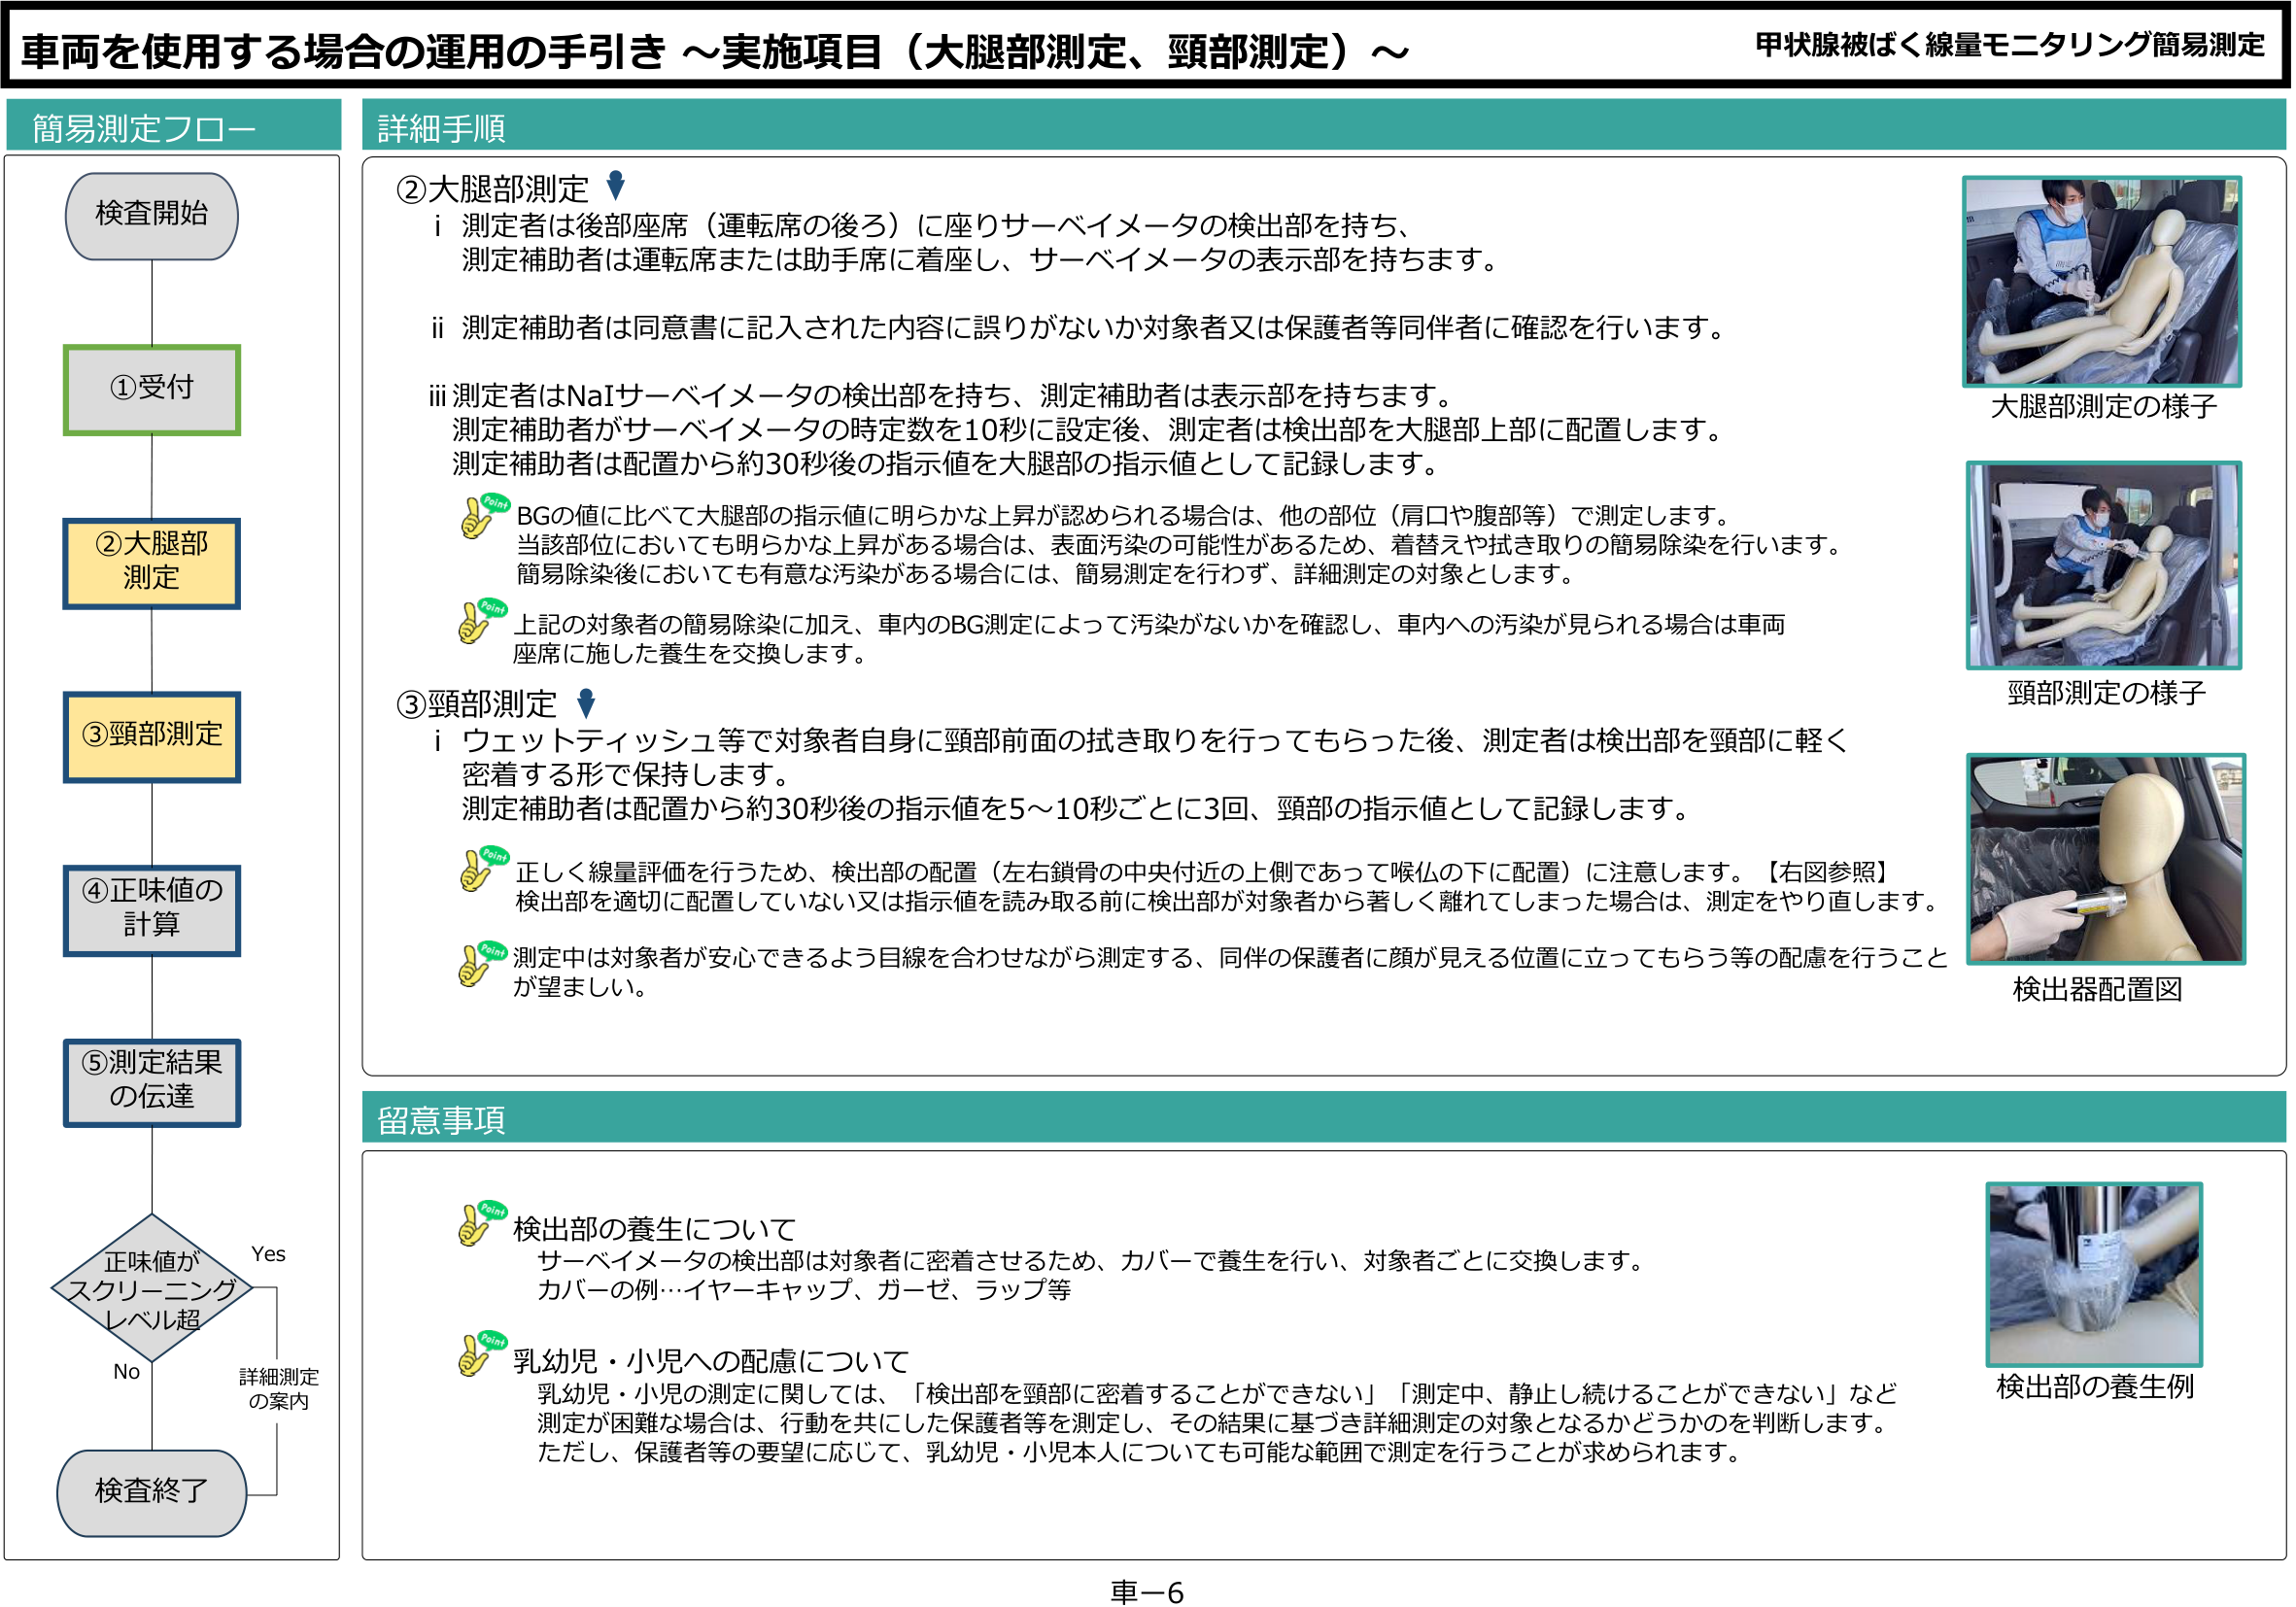
車両を使用する場合の運用の手引き ～実施項目（大腿部測定、頸部測定）～

甲状腺被ばく線量モニタリング簡易測定

簡易測定フロー

検査開始

①受付

②大腿部測定

③頸部測定

④正味値の計算

⑤測定結果の伝達

正味値が
スクリーニング
レベル超
Yes
No
詳細測定
の案内
検査終了

詳細手順

②大腿部測定

i 測定者は後部座席（運転席の後ろ）に座りサーベイメータの検出部を持ち、
測定補助者は運転席または助手席に着座し、サーベイメータの表示部を持ちます。

ii 測定補助者は同意書に記入された内容に誤りがないか対象者又は保護者等同伴者に確認を行います。

iii 測定者はNaIサーベイメータの検出部を持ち、測定補助者は表示部を持ちます。
測定補助者がサーベイメータの時定数を10秒に設定後、測定者は検出部を大腿部上部に配置します。
測定補助者は配置から約30秒後の指示値を大腿部の指示値として記録します。

Point
BGの値に比べて大腿部の指示値に明らかな上昇が認められる場合は、他の部位（肩口や腹部等）で測定します。
当該部位においても明らかな上昇がある場合は、表面汚染の可能性があるため、着替えや拭き取りの簡易除染を行います。
簡易除染後においても有意な汚染がある場合には、簡易測定を行わず、詳細測定の対象とします。

Point
上記の対象者の簡易除染に加え、車内のBG測定によって汚染がないかを確認し、車内への汚染が見られる場合は車両
座席に施した養生を交換します。

③頸部測定

i ウェットティッシュ等で対象者自身に頸部前面の拭き取りを行ってもらった後、測定者は検出部を頸部に軽く
密着する形で保持します。
測定補助者は配置から約30秒後の指示値を5～10秒ごとに3回、頸部の指示値として記録します。

Point
正しく線量評価を行うため、検出部の配置（左右鎖骨の中央付近の上側であって喉仏の下に配置）に注意します。【右図参照】
検出部を適切に配置していない又は指示値を読み取る前に検出部が対象者から著しく離れてしまった場合は、測定をやり直します。

Point
測定中は対象者が安心できるよう目線を合わせながら測定する、同伴の保護者に顔が見える位置に立ってもらう等の配慮を行うことが望ましい。

大腿部測定の様子

頸部測定の様子

検出器配置図

留意事項

Point
検出部の養生について
サーベイメータの検出部は対象者に密着させるため、カバーで養生を行い、対象者ごとに交換します。
カバーの例…イヤーキャップ、ガーゼ、ラップ等

Point
乳幼児・小児への配慮について
乳幼児・小児の測定に関しては、「検出部を頸部に密着することができない」「測定中、静止し続けることができない」など
測定が困難な場合は、行動を共にした保護者等を測定し、その結果に基づき詳細測定の対象となるかどうかを判断します。
ただし、保護者等の要望に応じて、乳幼児・小児本人についても可能な範囲で測定を行うことが求められます。

検出部の養生例

車－6